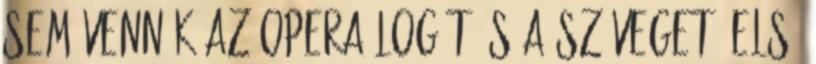
sem vennék az opera logót és a szöveget. Első